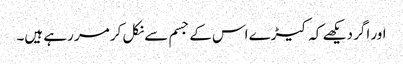
اور اگر دیکھے کہ کیڑے اس کے جسم سے نکل کر مر رہے ہیں۔